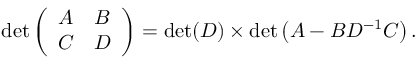
\operatorname* { d e t } { \left( \begin{array} { l l } { A } & { B } \\ { C } & { D } \end{array} \right) } = \operatorname* { d e t } ( D ) \times \operatorname* { d e t } \left( A - B D ^ { - 1 } C \right) .